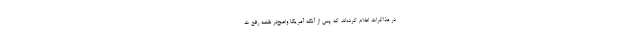
در مذاکرات اعلام کرده‌اند که پس از آنکه آمریکا واضح‌تر نقشه رفع ت